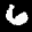
Label: 6